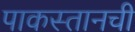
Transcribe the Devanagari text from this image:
पाकस्तानची